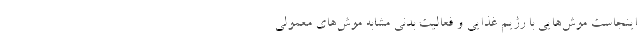
اینجاست موش‌هایی با رژیم غذایی و فعالیت بدنی مشابه موش‌های معمولی